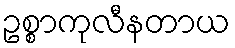
ဥစ္စာကုလီနတာယ